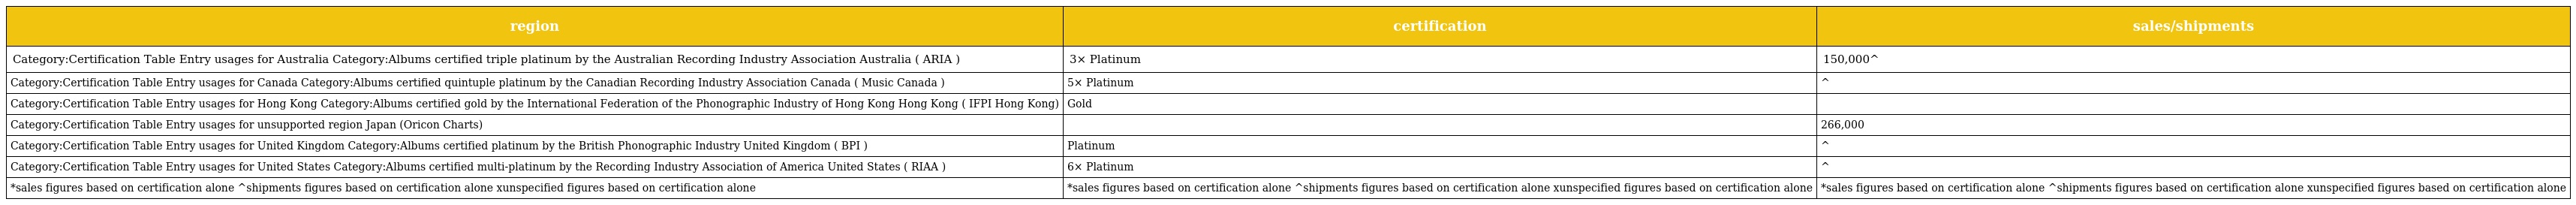
| region | certification | sales/shipments |
 | --- | --- | --- |
 | Category:Certification Table Entry usages for Australia Category:Albums certified triple platinum by the Australian Recording Industry Association Australia ( ARIA ) | 3× Platinum | 150,000^ |
 | Category:Certification Table Entry usages for Canada Category:Albums certified quintuple platinum by the Canadian Recording Industry Association Canada ( Music Canada ) | 5× Platinum | ^ |
 | Category:Certification Table Entry usages for Hong Kong Category:Albums certified gold by the International Federation of the Phonographic Industry of Hong Kong Hong Kong ( IFPI Hong Kong) | Gold |  |
 | Category:Certification Table Entry usages for unsupported region Japan (Oricon Charts) |  | 266,000 |
 | Category:Certification Table Entry usages for United Kingdom Category:Albums certified platinum by the British Phonographic Industry United Kingdom ( BPI ) | Platinum | ^ |
 | Category:Certification Table Entry usages for United States Category:Albums certified multi-platinum by the Recording Industry Association of America United States ( RIAA ) | 6× Platinum | ^ |
 | *sales figures based on certification alone ^shipments figures based on certification alone xunspecified figures based on certification alone | *sales figures based on certification alone ^shipments figures based on certification alone xunspecified figures based on certification alone | *sales figures based on certification alone ^shipments figures based on certification alone xunspecified figures based on certification alone |